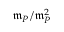
{ \mathfrak { m } } _ { P } / { \mathfrak { m } } _ { P } ^ { 2 }